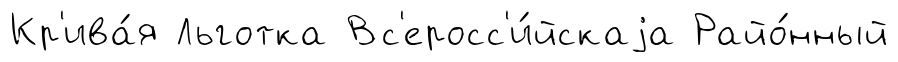
Кр'ива́я Льготка Вс'еросс'и́йскаjа Райо́нный